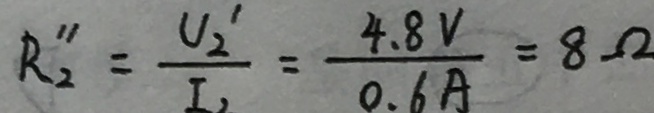
R _ { 2 } ^ { \prime \prime } = \frac { U _ { 2 } ^ { \prime } } { I _ { 2 } } = \frac { 4 . 8 V } { 0 . 6 A } = 8 \Omega